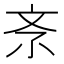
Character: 𣁃